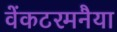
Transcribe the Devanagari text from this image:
वेंकटरमनैया